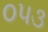
૦૫૩